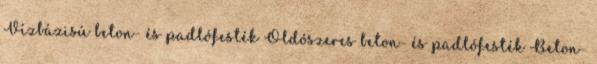
Vízbázisú beton- és padlófesték Oldószeres beton- és padlófesték Beton-